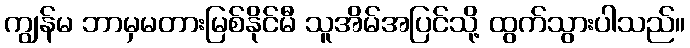
ကျွန်မ ဘာမှမတားမြစ်နိုင်မီ သူအိမ်အပြင်သို့ ထွက်သွားပါသည်။